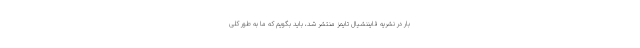
بار در نشریه فایننشیال تایمز منتشر شد، باید بگویم که ما به طور کلی